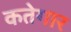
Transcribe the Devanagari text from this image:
कतेगार